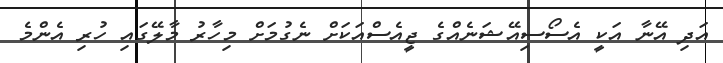
އަދި އޭނާ އަކީ އެސޯސިއޭޝަނެއްގެ ޖީއެސްއަކަށް ނެގުމަށް މިހާރު މާލޭގައި ހުރި އެންމެ